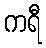
ကရီ